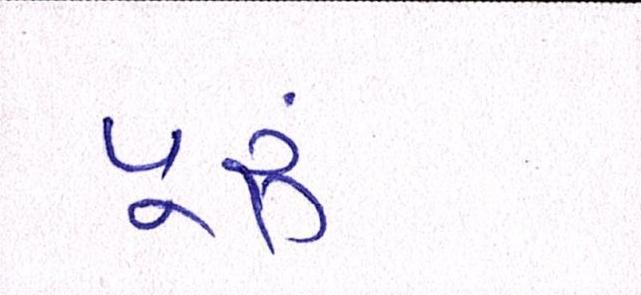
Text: પૂ્રું